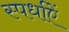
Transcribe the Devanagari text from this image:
स्पर्धाऐं